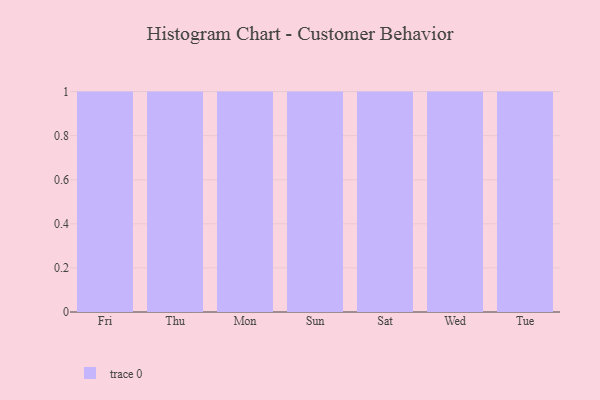
{"axis": {"x": "Day", "y": "LTV (USD)"}, "legend": [""], "data": [{"x": "Fri", "y": 3, "type": ""}, {"x": "Thu", "y": 43, "type": ""}, {"x": "Mon", "y": 49, "type": ""}, {"x": "Sun", "y": 98, "type": ""}, {"x": "Sat", "y": 100, "type": ""}, {"x": "Wed", "y": 60, "type": ""}, {"x": "Tue", "y": 69, "type": ""}]}